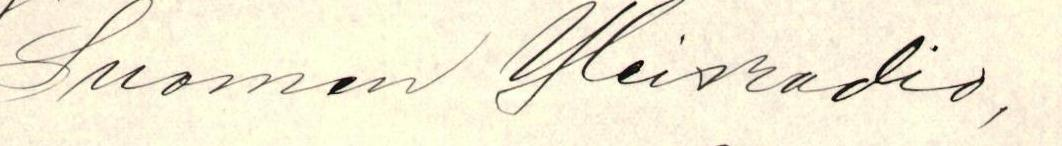
Suomen Yleisradio,